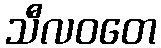
သီလဝတေ